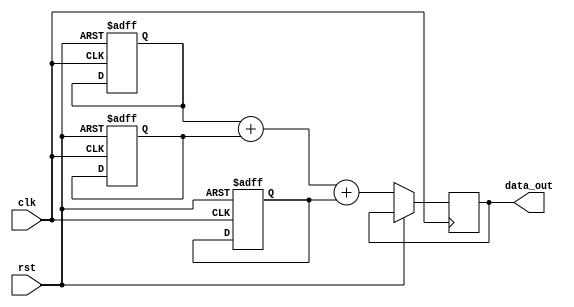
module multiple_initial_blocks (
  input wire clk,
  input wire rst,
  output reg [7:0] data_out
);

reg [7:0] data_reg1;
reg [7:0] data_reg2;
reg [7:0] data_reg3;

initial begin
  data_reg1 <= 8'hFF;
end

initial begin
  data_reg2 <= 8'hAA;
end

initial begin
  data_reg3 <= 8'h55;
end

always @(posedge clk or posedge rst) begin
  if (rst) begin
    data_reg1 <= 8'h00;
    data_reg2 <= 8'h00;
    data_reg3 <= 8'h00;
  end else begin
    data_out <= data_reg1 + data_reg2 + data_reg3;
  end
end

endmodule